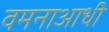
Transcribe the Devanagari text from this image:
वमनाआधी